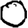
Digit: 0